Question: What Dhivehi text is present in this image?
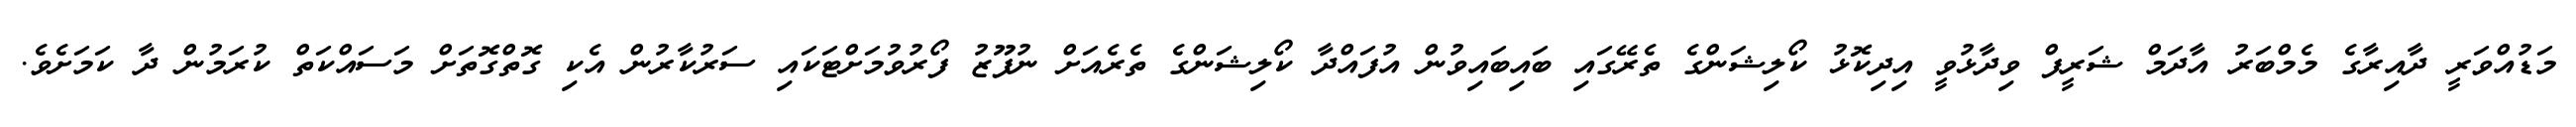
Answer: މަޑުއްވަރީ ދާއިރާގެ މެމްބަރު އާދަމް ޝަރީފް ވިދާޅުވީ އިދިކޮޅު ކޯލިޝަންގެ ތެރޭގައި ބައިބައިވުން އުފައްދާ ކޯލިޝަންގެ ތެރެއަށް ނުފޫޒު ފޯރުވުމަށްޓަކައި ސަރުކާރުން އެކި ގޮތްގޮތަށް މަސައްކަތް ކުރަމުން ދާ ކަމަށެވެ.